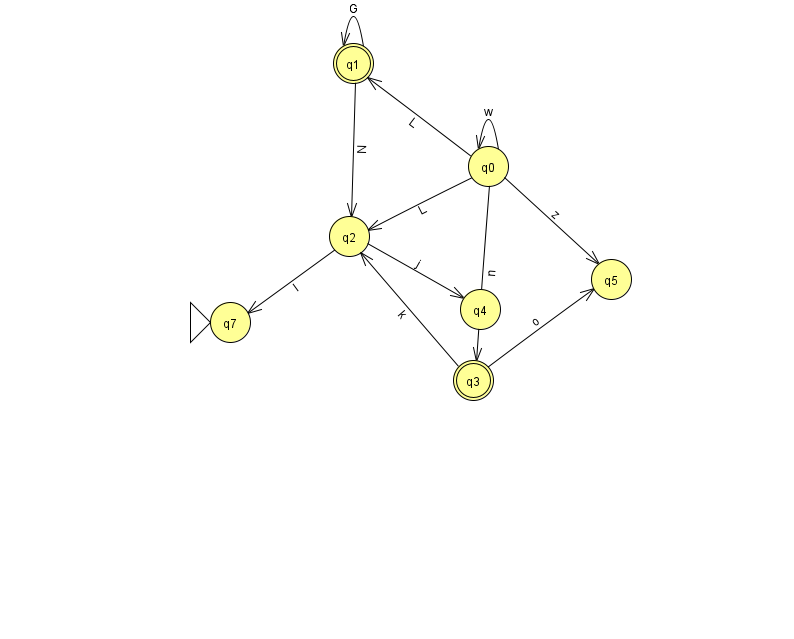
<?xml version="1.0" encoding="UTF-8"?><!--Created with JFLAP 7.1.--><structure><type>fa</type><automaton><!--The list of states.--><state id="0" name="q0"><x>488.0</x><y>153.0</y></state><state id="1" name="q1"><x>353.0</x><y>50.0</y><final/></state><state id="2" name="q2"><x>349.0</x><y>223.0</y></state><state id="3" name="q3"><x>473.0</x><y>367.0</y><final/></state><state id="4" name="q4"><x>480.0</x><y>296.0</y></state><state id="5" name="q5"><x>611.0</x><y>266.0</y></state><state id="7" name="q7"><x>230.0</x><y>309.0</y><initial/></state><!--The list of transitions.--><transition><from>0</from><to>1</to><read>L</read></transition><transition><from>2</from><to>7</to><read>l</read></transition><transition><from>3</from><to>2</to><read>k</read></transition><transition><from>2</from><to>4</to><read>j</read></transition><transition><from>0</from><to>0</to><read>w</read></transition><transition><from>0</from><to>2</to><read>L</read></transition><transition><from>1</from><to>1</to><read>G</read></transition><transition><from>1</from><to>2</to><read>N</read></transition><transition><from>0</from><to>5</to><read>z</read></transition><transition><from>0</from><to>3</to><read>n</read></transition><transition><from>3</from><to>5</to><read>o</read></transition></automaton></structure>